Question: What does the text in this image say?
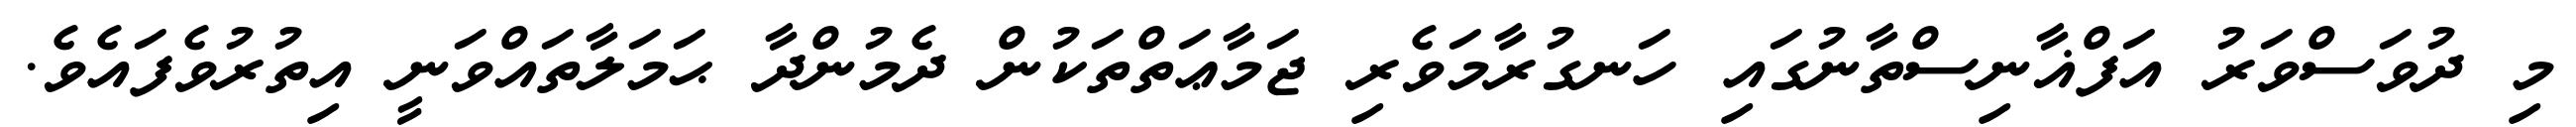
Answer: މި ދުވަސްވަރު އަފްޣާނިސްތާނުގައި ހަނގުރާމަވެރި ޖަމާޢަތްތަކުން ދެމުންދާ ޙަމަލާތައްވަނީ އިތުރުވެފައެވެ.